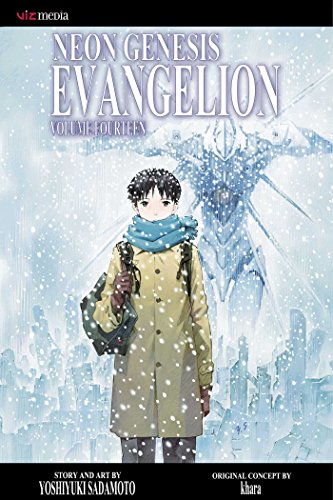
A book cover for Neon Genesis Evangelion, Vol. 14; Yoshiyuki Sadamato; Teen & Young Adult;